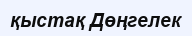
қыстақ Дөңгелек